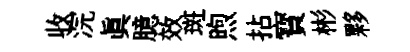
收浣眞臆效斑煦拈寳彬夥